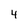
Character: 4